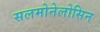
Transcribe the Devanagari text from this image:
सलमोनेलोसिन